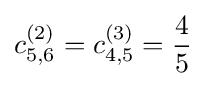
c_{5,6}^{(2)}=c_{4,5}^{(3)}={\frac {4}{5}}